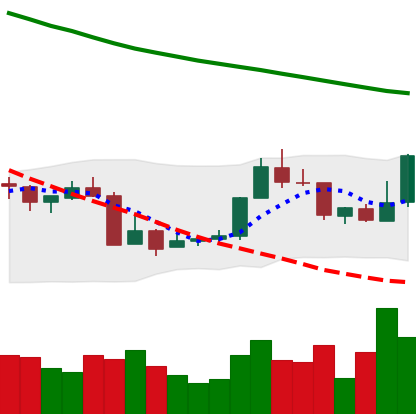
Ticker: XMR-USD
Chart end date: 2018-07-24
Forward return: -8.168%
Label: down_7plus